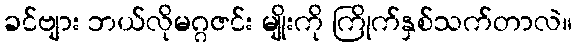
ခင်ဗျား ဘယ်လိုမဂ္ဂဇင်း မျိုးကို ကြိုက်နှစ်သက်တာလဲ။